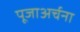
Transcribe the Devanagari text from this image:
पूजाअर्चना